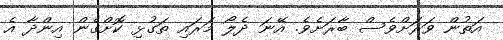
އަތުން ވަރަށްވެސް ބާރަށެވެ. އޭނަ ދެލޯ މަރައި ތަގުޅި ކޮށްގެން އިންދާ އެ